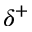
\delta ^ { + }